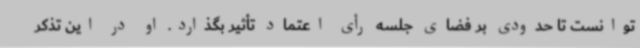
توانست تا حدودی بر فضای جلسه رأی اعتماد تأثیر بگذارد. او در این تذکر